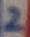
Text: 2